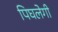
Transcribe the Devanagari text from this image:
पिघलेगी